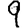
Digit: 9